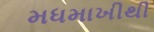
મધમાખીથી